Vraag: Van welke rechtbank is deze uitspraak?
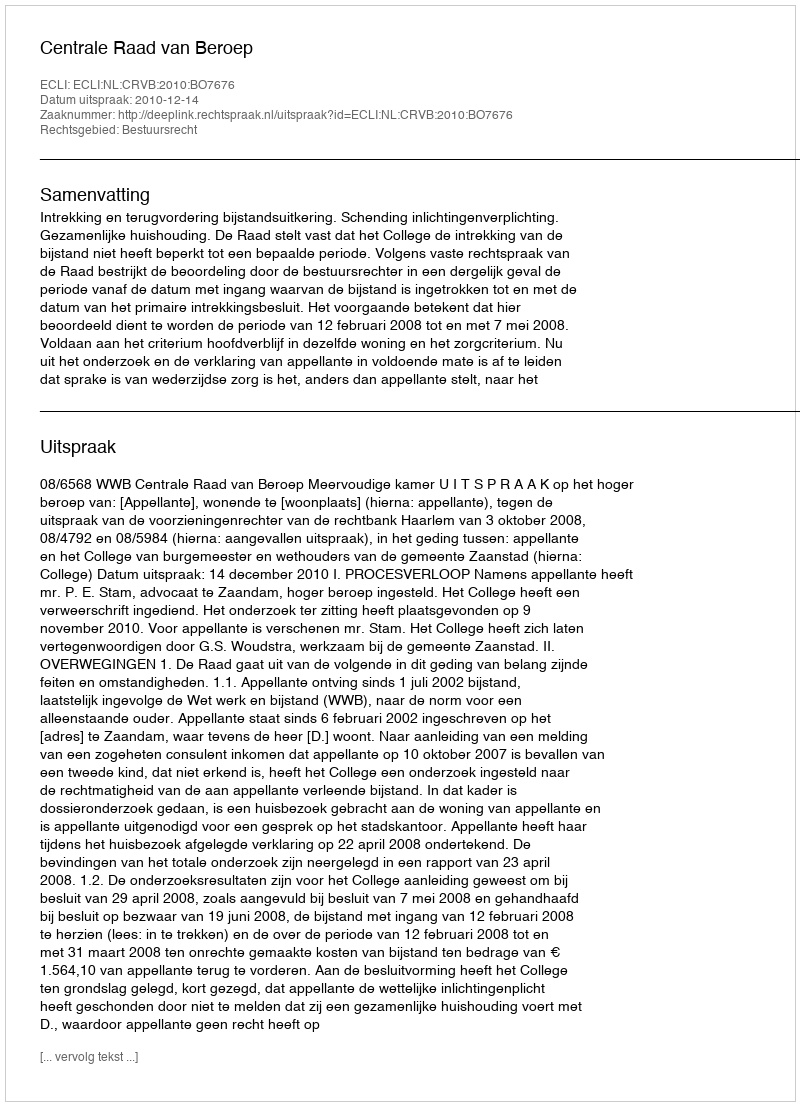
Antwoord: Centrale Raad van Beroep